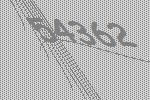
54362